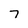
Character: 7